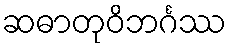
ဆဓာတုဝိဘင်္ဂဿ